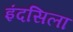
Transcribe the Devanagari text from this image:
इंदसिला